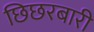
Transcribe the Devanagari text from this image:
छिछरबारी